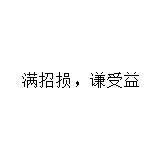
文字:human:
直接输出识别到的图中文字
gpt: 满招损﹐谦受益